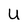
Character: U